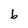
Character: b